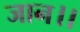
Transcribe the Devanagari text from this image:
जान।।